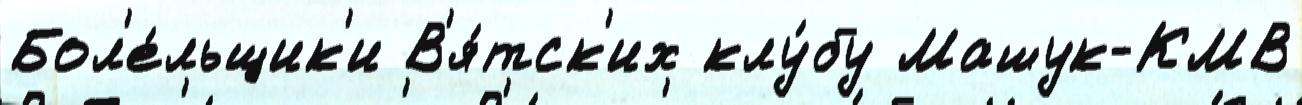
Бол'е́льщик'и В'я́тск'их клу́бу Машук-КМВ